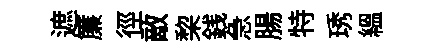
遮簾徑敵棃銭急腸特琇緼